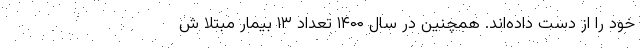
خود را از دست داده‌اند. همچنین در سال ۱۴۰۰ تعداد ۱۳ بیمار مبتلا ش